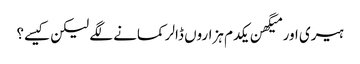
ہیری اور میگھن یکدم ہزاروں ڈالر کمانے لگے لیکن کیسے؟